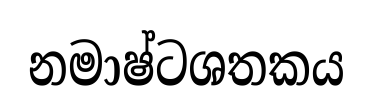
නමාෂ්ටශතකය